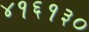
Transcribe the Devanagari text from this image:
४१६१३०